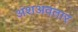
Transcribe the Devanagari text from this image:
अंशअवतार